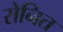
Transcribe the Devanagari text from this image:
रोनित